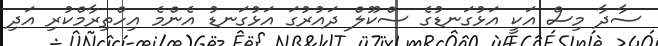
ސާދާ މިސް އަކީ އަޅުގަނޑުގެ ސްކޫލް ދައުރުގަ އަޅުގަނޑު އެންމެ އިހްތިރާމްކުރި އަދި